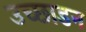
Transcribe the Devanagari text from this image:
उच्छाडन